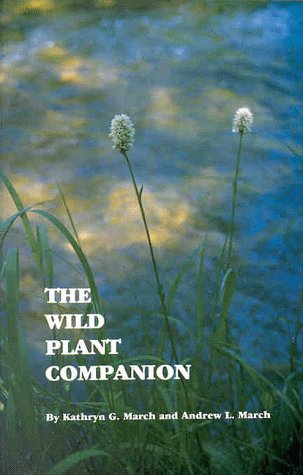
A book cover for The Wild Plant Companion: A Fresh Understanding of Herbal Food and Medicine; Kathryn G. March; Crafts, Hobbies & Home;